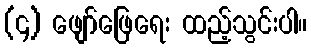
(၄) ဖျော်ဖြေရေး ထည့်သွင်းပါ။